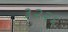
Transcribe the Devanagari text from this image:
३२२६